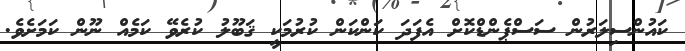
ކައުންސިލަރުން ސަސްޕެންޑްކޮށް އެފަދަ ކަންކަން ކުރުމަކީ ޤަބޫލު ކުރެވޭ ކަމެއް ނޫން ކަމަށެވެ.